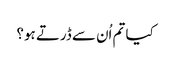
کیا تم اُن سے ڈرتے ہو؟